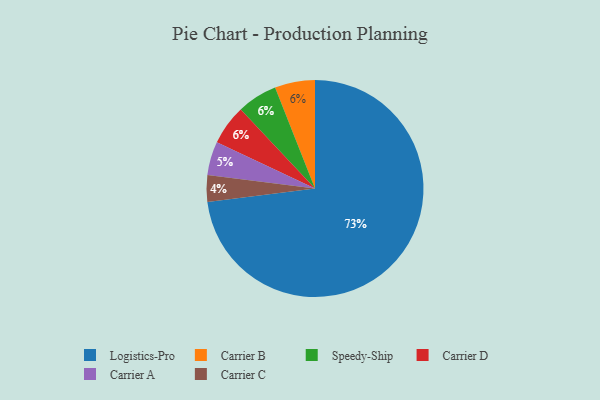
{"axis": {"x": "Category", "y": "Percentage"}, "legend": ["Carrier A", "Carrier B", "Carrier C", "Carrier D", "Logistics-Pro", "Speedy-Ship"], "data": [{"x": "Carrier B", "y": 6, "type": "Carrier B"}, {"x": "Carrier A", "y": 5, "type": "Carrier A"}, {"x": "Speedy-Ship", "y": 6, "type": "Speedy-Ship"}, {"x": "Carrier D", "y": 6, "type": "Carrier D"}, {"x": "Carrier C", "y": 4, "type": "Carrier C"}, {"x": "Logistics-Pro", "y": 73, "type": "Logistics-Pro"}]}